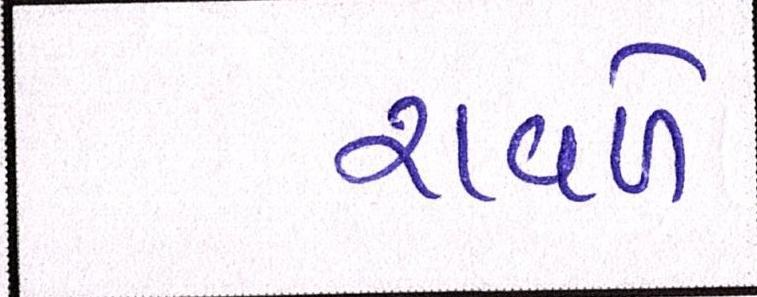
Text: રાવળે